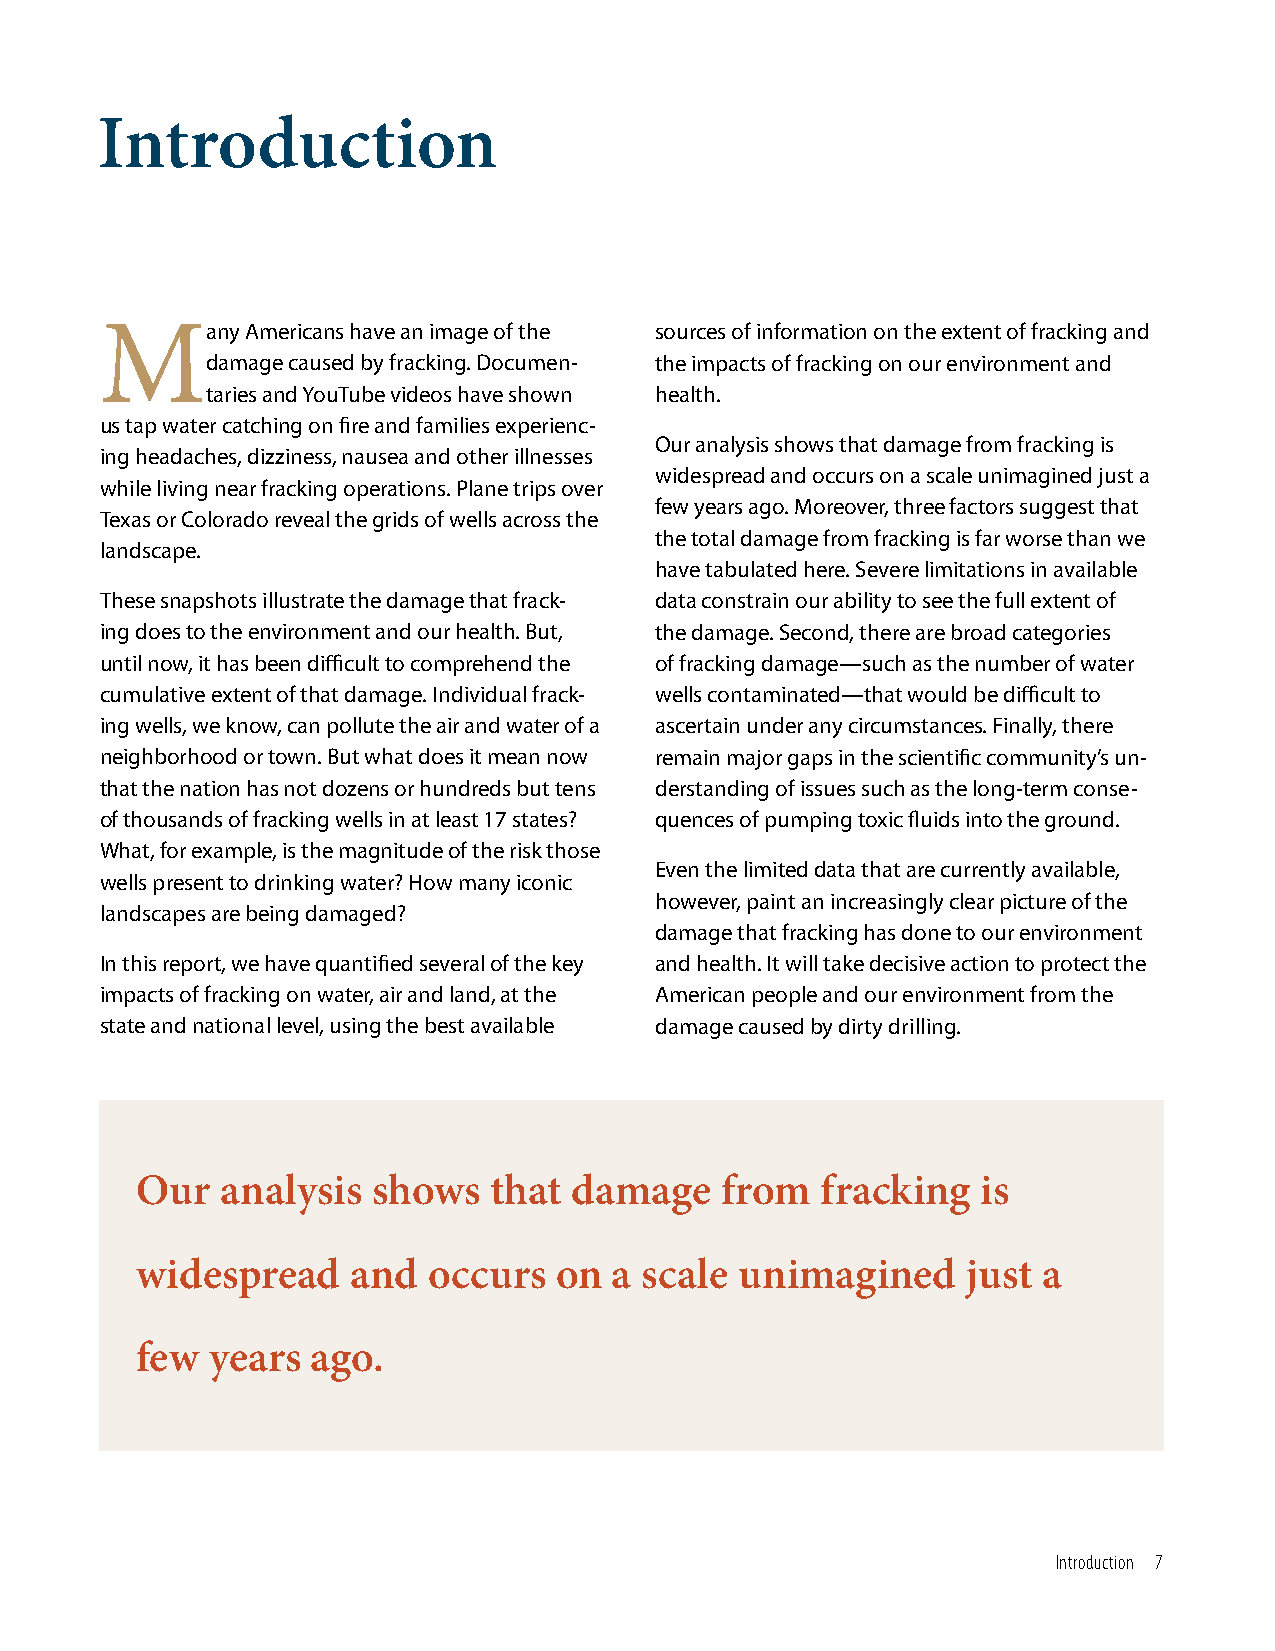
Introduction
 Many     Americans have an image of the sources of information on the extent of fracking and
 damage caused by fracking. Documen- the impacts of fracking on our environment and
 taries and YouTube videos have shown health.
 us tap water catching on fire and families experienc-
 Our analysis shows that damage from fracking is
 ing headaches, dizziness, nausea and other illnesses
 widespread and occurs on a scale unimagined just a
 while living near fracking operations. Plane trips over
 few years ago. Moreover, three factors suggest that
 Texas or Colorado reveal the grids of wells across the
 the total damage from fracking is far worse than we
 landscape.
 have tabulated here. Severe limitations in available
 These snapshots illustrate the damage that frack- data constrain our ability to see the full extent of
 ing does to the environment and our health. But, the damage. Second, there are broad categories
 until now, it has been difficult to comprehend the of fracking damage—such as the number of water
 cumulative extent of that damage. Individual frack- wells contaminated—that would be difficult to
 ing wells, we know, can pollute the air and water of a ascertain under any circumstances. Finally, there
 neighborhood or town. But what does it mean now remain major gaps in the scientific community’s un-
 that the nation has not dozens or hundreds but tens derstanding of issues such as the long-term conse-
 of thousands of fracking wells in at least 17 states? quences of pumping toxic fluids into the ground.
 What, for example, is the magnitude of the risk those
 Even the limited data that are currently available,
 wells present to drinking water? How many iconic
 however, paint an increasingly clear picture of the
 landscapes are being damaged?
 damage that fracking has done to our environment
 In this report, we have quantified several of the key and health. It will take decisive action to protect the
 impacts of fracking on water, air and land, at the American people and our environment from the
 state and national level, using the best available damage caused by dirty drilling.
 Our   analysis  shows  that  damage    from  fracking   is
 widespread    and  occurs   on  a scale unimagined     just a
 few  years  ago.
 Introduction 7